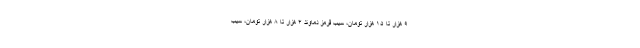
۹ هزار تا ۱۵ هزار تومان، سیب قرمز دماوند ۴ هزار تا ۸ هزار تومان، سیب